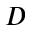
D